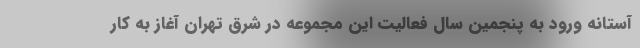
آستانه ورود به پنجمین سال فعالیت این مجموعه در شرق تهران آغاز به کار